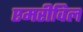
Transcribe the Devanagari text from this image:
एमरीविल